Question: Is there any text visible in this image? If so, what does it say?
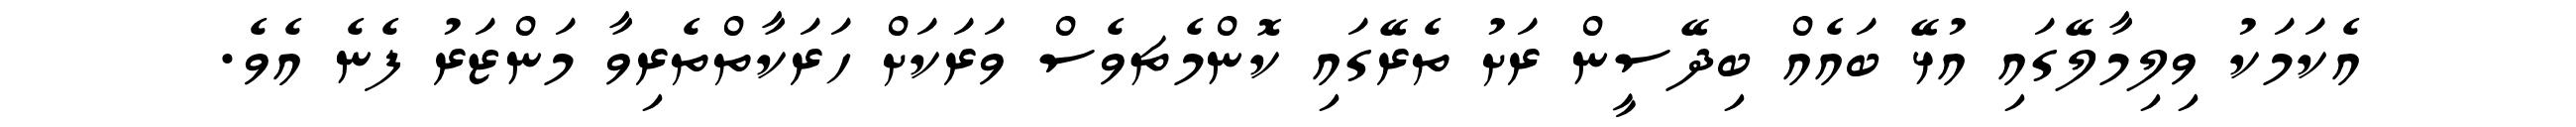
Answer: އެކަމަކު ވިލިމާލޭގައި އުޅޭ ބައެއް ބިދޭސީން ރަށު ތެރޭގައި ކޮންމެޗވެސް ވަރަކަށް ހަރަކާތްތެރިވާ މަންޒަރު ފެނެ އެވެ.